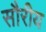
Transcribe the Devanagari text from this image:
सौरीय